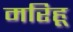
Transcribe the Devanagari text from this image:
मरिहू